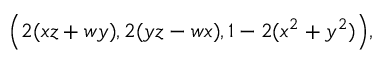
{ \Big ( } 2 ( x z + w y ) , 2 ( y z - w x ) , 1 - 2 ( x ^ { 2 } + y ^ { 2 } ) { \Big ) } , \,